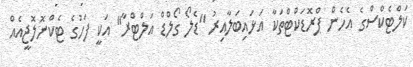
ކަލްޓެކްސްގެ އެހެން ޕްރޮޑަކްޓްތަކާ އަޅައިބަލާއިރު "ޑެލޯ ގޯލްޑް އަލްޓްރާ" އަކީ ފަހުގެ ޓެކްނޮލޮޖީއެއް